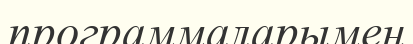
программаларымен